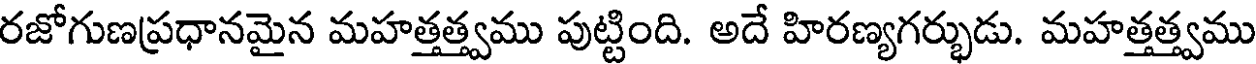
రజోగుణప్రధానమైన మహత్తత్త్వము పుట్టింది. అదే హిరణ్యగర్భుడు. మహత్తత్త్వము